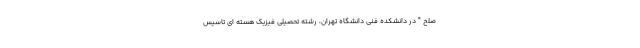
صلح " در دانشکده فنی دانشگاه تهران، رشته تحصیلی فیزیک هسته ای تاسیس